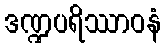
ဒဏ္ဍပရိဿာဝနံ